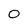
Character: 0